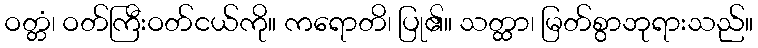
ဝတ္တံ၊ ဝတ်ကြီးဝတ်ငယ်ကို။ ကရောတိ၊ ပြု၏။ သတ္ထာ၊ မြတ်စွာဘုရားသည်။